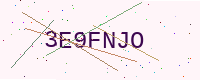
Text: 3E9FNJO